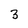
Character: 3